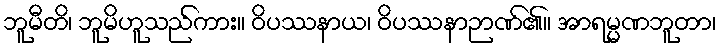
ဘူမီတိ၊ ဘူမိဟူသည်ကား။ ဝိပဿနာယ၊ ဝိပဿနာဉာဏ်၏။ အာရမ္မဏဘူတာ၊